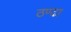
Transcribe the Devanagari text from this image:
ठण्ढा